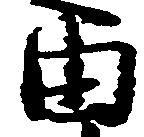
由